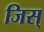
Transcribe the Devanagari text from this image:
जिस्